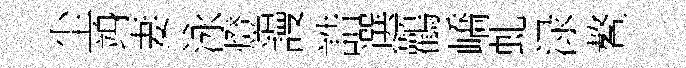
尘竧妻泳燈謾誥選鸛嶠虬渌鳌